Source: Computer-generated
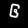
Digit: ၆ (6)